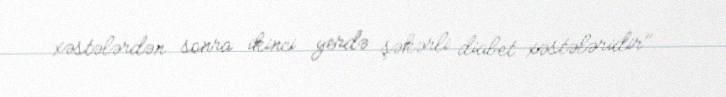
xəstələrdən sonra ikinci yerdə şəkərli diabet xəstələridir".